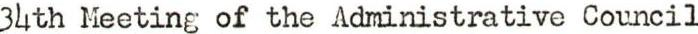
34th Meeting of the Administrative Council